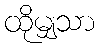
ထိုမျှသာ